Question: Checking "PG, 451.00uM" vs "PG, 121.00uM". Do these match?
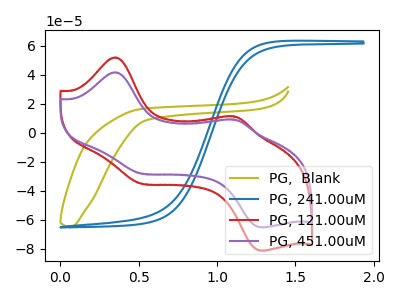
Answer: <think>The olive curve "PG,  Blank" has no peaks. The blue curve "PG, 241.00uM" has no peaks. The red curve "PG, 121.00uM" has anodic peaks at (0.35V, 51.85uA) (1.10V, 11.35uA) and cathodic peaks at (0.50V, -34.10uA) (1.30V, -81.20uA). The purple curve "PG, 451.00uM" has anodic peaks at (0.35V, 41.60uA) (1.10V, 9.10uA) and cathodic peaks at (0.50V, -27.35uA) (1.30V, -65.15uA).
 All the peaks in "PG, 451.00uM" have a peak in "PG, 121.00uM" at the same potential. Every peak in "PG, 451.00uM" is lower than every peak in "PG, 121.00uM".</think>
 <answer>"PG, 451.00uM" and "PG, 121.00uM" are similar in shape.</answer>
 <eval>same_shape</eval>